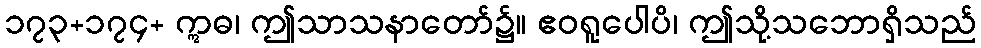
၁၇၃+၁၇၄+ ဣဓ၊ ဤသာသနာတော်၌။ ဧဝရူပေါပိ၊ ဤသို့သဘောရှိသည်